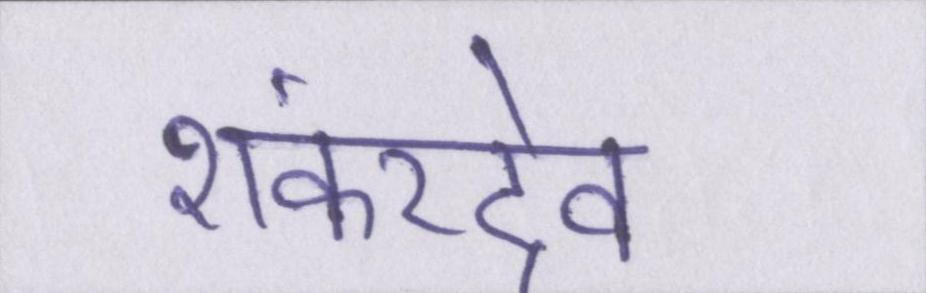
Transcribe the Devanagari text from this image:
शंकरदेव